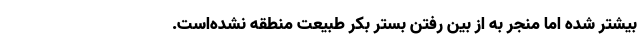
بیشتر شده اما منجر به از بین رفتن بستر بکر طبیعت منطقه نشده‌است.